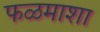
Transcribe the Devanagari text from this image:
फळमाशा